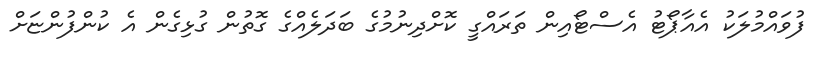
ފުވައްމުލަކު އެއާޕޯޓު އެސްޓޯއިން ތަރައްގީ ކޮށްދިނުމުގެ ބަދަލެއްގެ ގޮތުން ގުޅިގެން އެ ކުންފުންޏަށް